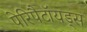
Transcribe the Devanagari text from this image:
पेरिपैटॉयड्स